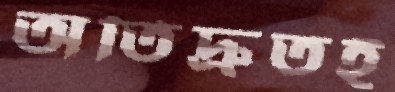
অতিদ্রুতই